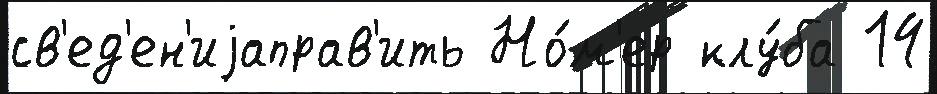
св'ед'ен'иjаправ'ить Но́м'ер клу́ба 14